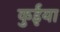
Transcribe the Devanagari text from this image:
कुईंया